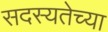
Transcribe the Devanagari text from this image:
सदस्यतेच्या